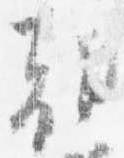
朝